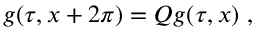
g ( \tau , x + 2 \pi ) = Q g ( \tau , x ) ~ ,